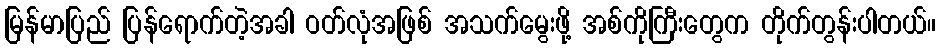
မြန်မာပြည် ပြန်ရောက်တဲ့အခါ ဝတ်လုံအဖြစ် အသက်မွေးဖို့ အစ်ကိုကြီးတွေက တိုက်တွန်းပါတယ်။